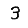
Digit: 3